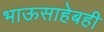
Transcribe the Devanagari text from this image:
भाऊसाहेबही